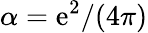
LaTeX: \alpha=\mathrm{e}^{2}/(4\pi)